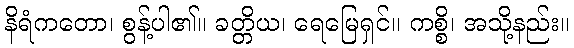
နိရံကတော၊ စွန့်ပါ၏။ ခတ္တိယ၊ ရေမြေရှင်။ ကစ္စိ၊ အသို့နည်း။